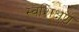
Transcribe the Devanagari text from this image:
स्वशिक्षण